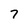
Character: 7